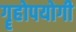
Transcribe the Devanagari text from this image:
गॄहोपयोगी